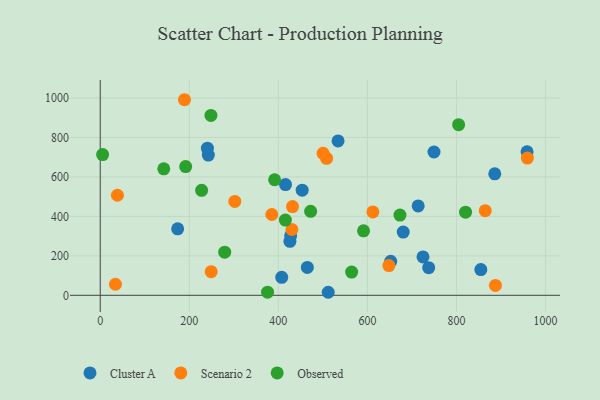
{"axis": {"x": "Ad Spend", "y": "Yield"}, "legend": ["Cluster A", "Observed", "Scenario 2"], "data": [{"x": "240.7", "y": 745.6, "type": "Cluster A"}, {"x": "453.5", "y": 532.8, "type": "Cluster A"}, {"x": "534.1", "y": 782.3, "type": "Cluster A"}, {"x": "242.8", "y": 711.0, "type": "Cluster A"}, {"x": "173.9", "y": 336.9, "type": "Cluster A"}, {"x": "426.0", "y": 273.4, "type": "Cluster A"}, {"x": "407.6", "y": 91.1, "type": "Cluster A"}, {"x": "416.1", "y": 561.4, "type": "Cluster A"}, {"x": "714.0", "y": 453.0, "type": "Cluster A"}, {"x": "724.8", "y": 194.5, "type": "Cluster A"}, {"x": "886.0", "y": 615.9, "type": "Cluster A"}, {"x": "512.0", "y": 15.4, "type": "Cluster A"}, {"x": "854.7", "y": 130.3, "type": "Cluster A"}, {"x": "652.3", "y": 172.1, "type": "Cluster A"}, {"x": "465.1", "y": 141.1, "type": "Cluster A"}, {"x": "427.6", "y": 302.0, "type": "Cluster A"}, {"x": "680.4", "y": 320.5, "type": "Cluster A"}, {"x": "958.5", "y": 727.2, "type": "Cluster A"}, {"x": "749.5", "y": 726.4, "type": "Cluster A"}, {"x": "737.6", "y": 140.2, "type": "Cluster A"}, {"x": "302.2", "y": 476.0, "type": "Scenario 2"}, {"x": "959.2", "y": 695.4, "type": "Scenario 2"}, {"x": "508.4", "y": 694.5, "type": "Scenario 2"}, {"x": "612.3", "y": 422.8, "type": "Scenario 2"}, {"x": "189.2", "y": 991.3, "type": "Scenario 2"}, {"x": "34.2", "y": 56.1, "type": "Scenario 2"}, {"x": "887.5", "y": 50.3, "type": "Scenario 2"}, {"x": "864.6", "y": 428.9, "type": "Scenario 2"}, {"x": "500.4", "y": 719.7, "type": "Scenario 2"}, {"x": "648.2", "y": 150.5, "type": "Scenario 2"}, {"x": "385.3", "y": 409.5, "type": "Scenario 2"}, {"x": "249.2", "y": 120.0, "type": "Scenario 2"}, {"x": "431.8", "y": 449.9, "type": "Scenario 2"}, {"x": "38.7", "y": 507.1, "type": "Scenario 2"}, {"x": "430.4", "y": 333.6, "type": "Scenario 2"}, {"x": "415.8", "y": 381.4, "type": "Observed"}, {"x": "673.1", "y": 406.6, "type": "Observed"}, {"x": "564.6", "y": 118.0, "type": "Observed"}, {"x": "820.4", "y": 421.5, "type": "Observed"}, {"x": "191.9", "y": 652.6, "type": "Observed"}, {"x": "279.5", "y": 218.8, "type": "Observed"}, {"x": "5.4", "y": 713.3, "type": "Observed"}, {"x": "472.5", "y": 425.9, "type": "Observed"}, {"x": "142.7", "y": 641.0, "type": "Observed"}, {"x": "248.6", "y": 911.6, "type": "Observed"}, {"x": "391.6", "y": 585.6, "type": "Observed"}, {"x": "227.7", "y": 531.9, "type": "Observed"}, {"x": "375.8", "y": 16.1, "type": "Observed"}, {"x": "591.3", "y": 326.8, "type": "Observed"}, {"x": "804.8", "y": 864.9, "type": "Observed"}]}